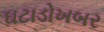
ઘટાડોખબર